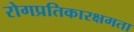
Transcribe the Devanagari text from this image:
रोगप्रतिकारक्षमता